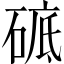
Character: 𥓵